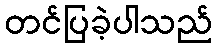
တင်ပြခဲ့ပါသည်